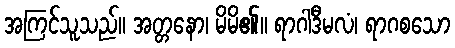
အကြင်သူသည်။ အတ္တနော၊ မိမိ၏။ ရာဂါဒီမလံ၊ ရာဂစသော